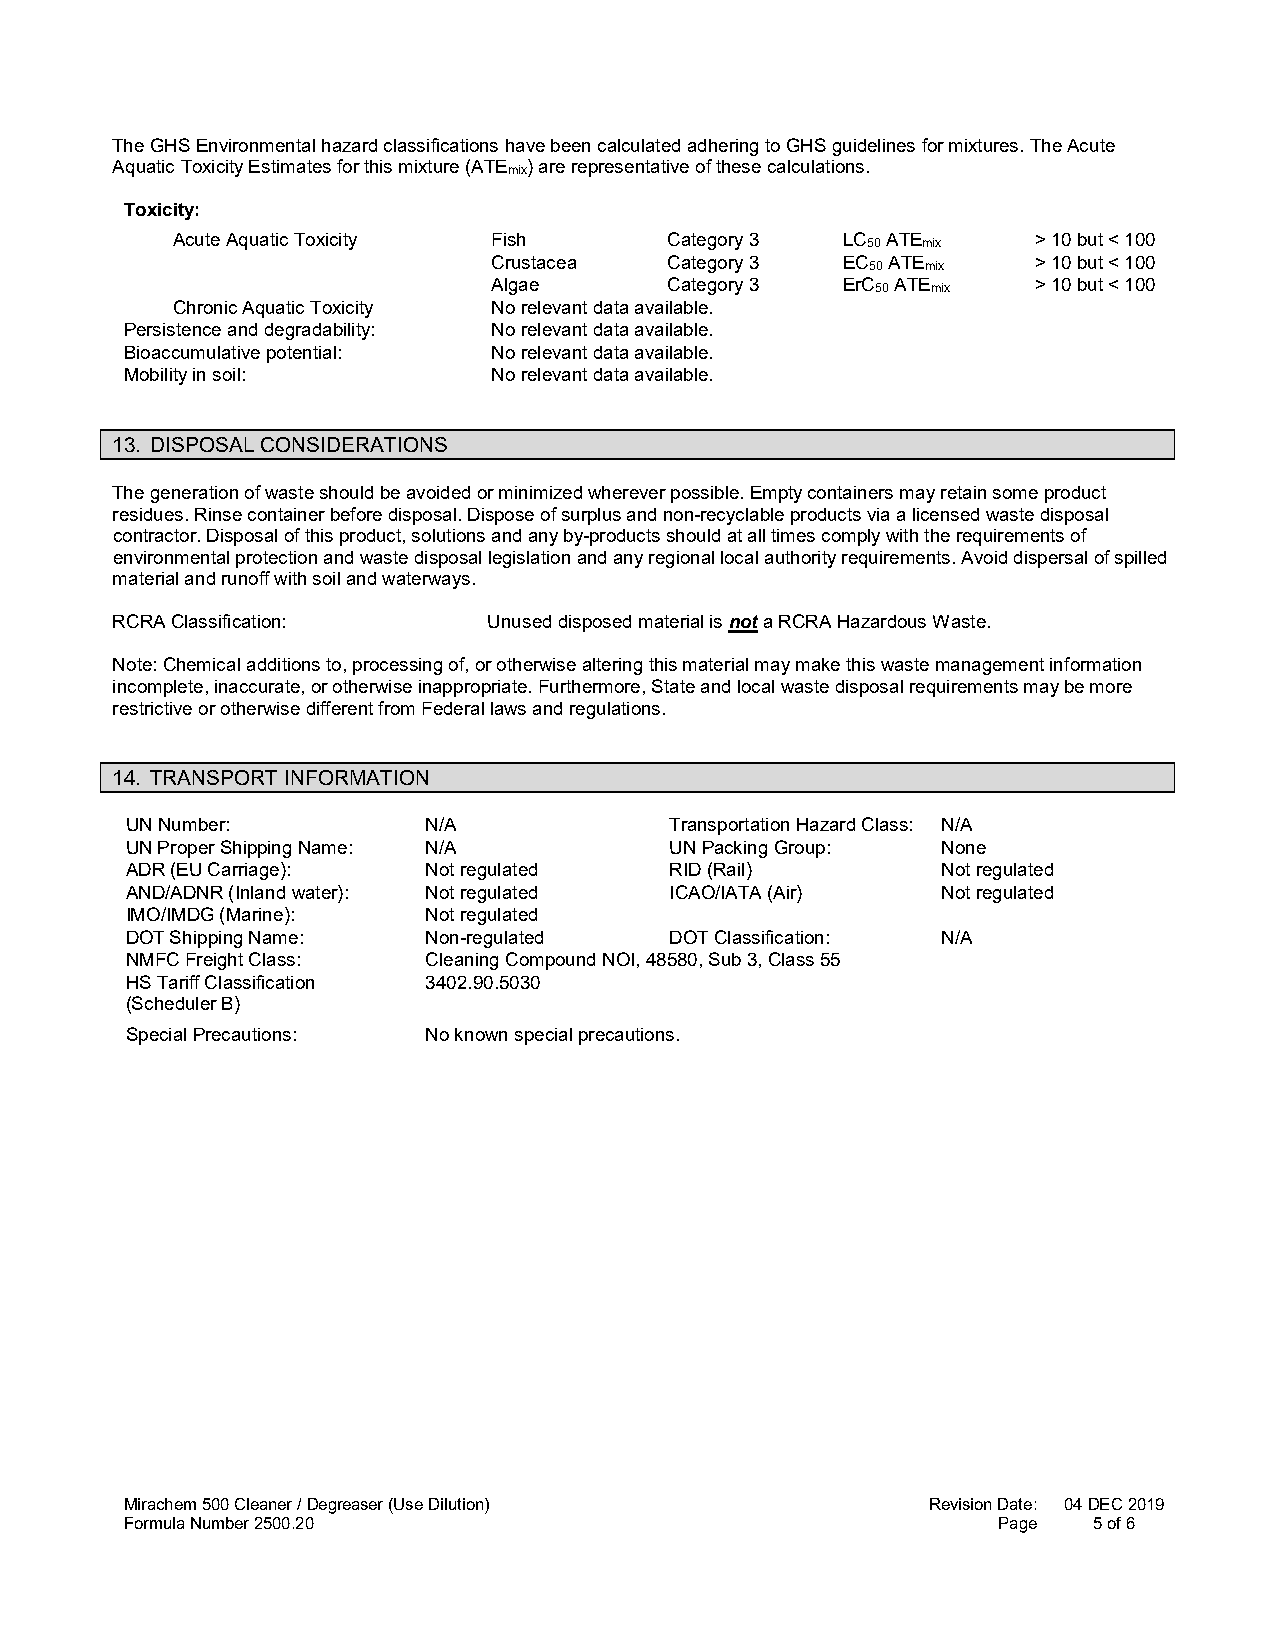
The GHS Environmental hazard classifications have been calculated adhering to GHS guidelines for mixtures. The Acute
 Aquatic Toxicity Estimates for this mixture (ATEmix) are representative of these calculations.
 Toxicity:
 Acute Aquatic Toxicity Fish      Category 3  LC50 ATEmix > 10 but < 100
 Crustacea  Category 3  EC50 ATEmix > 10 but < 100
 Algae      Category 3  ErC50 ATEmix > 10 but < 100
 Chronic Aquatic Toxicity No relevant data available.
 Persistence and degradability: No relevant data available.
 Bioaccumulative potential: No relevant data available.
 Mobility in soil:        No relevant data available.
 13. DISPOSAL CONSIDERATIONS
 The generation of waste should be avoided or minimized wherever possible. Empty containers may retain some product
 residues. Rinse container before disposal. Dispose of surplus and non-recyclable products via a licensed waste disposal
 contractor. Disposal of this product, solutions and any by-products should at all times comply with the requirements of
 environmental protection and waste disposal legislation and any regional local authority requirements. Avoid dispersal of spilled
 material and runoff with soil and waterways.
 RCRA Classification:     Unused disposed material is not a RCRA Hazardous Waste.
 Note: Chemical additions to, processing of, or otherwise altering this material may make this waste management information
 incomplete, inaccurate, or otherwise inappropriate. Furthermore, State and local waste disposal requirements may be more
 restrictive or otherwise different from Federal laws and regulations.
 14. TRANSPORT INFORMATION
 UN Number:          N/A             Transportation Hazard Class: N/A
 UN Proper Shipping Name: N/A        UN Packing Group: None
 ADR (EU Carriage):  Not regulated   RID (Rail)        Not regulated
 AND/ADNR (Inland water): Not regulated ICAO/IATA (Air) Not regulated
 IMO/IMDG (Marine):  Not regulated
 DOT Shipping Name:  Non-regulated   DOT Classification: N/A
 NMFC Freight Class: Cleaning Compound NOI, 48580, Sub 3, Class 55
 HS Tariff Classification 3402.90.5030
 (Scheduler B)
 Special Precautions: No known special precautions.
 Mirachem 500 Cleaner / Degreaser (Use Dilution)      Revision Date: 04 DEC 2019
 Formula Number 2500.20                                    Page  5 of 6